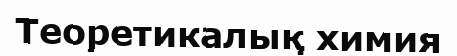
Теоретикалық химия